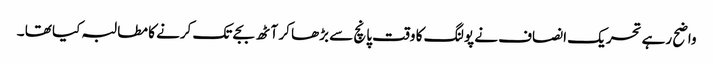
واضح رہے تحریک انصاف نے پولنگ کا وقت پانچ سے بڑھا کر آٹھ بجے تک کرنے کا مطالبہ کیا تھا ۔